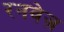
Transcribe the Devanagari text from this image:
रनवेज़